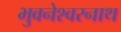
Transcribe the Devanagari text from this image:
भुवनेश्‍वरनाथ